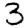
Digit: 3